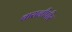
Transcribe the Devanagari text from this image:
बासनीपीर